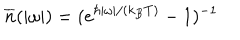
{ \overline { { n } } } ( | \omega | ) = ( e ^ { \hbar | \omega | / ( k _ { B } T ) } - 1 ) ^ { - 1 }